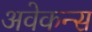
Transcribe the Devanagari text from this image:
अवेकन्स